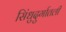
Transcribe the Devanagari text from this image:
सिंधुदुर्गातली